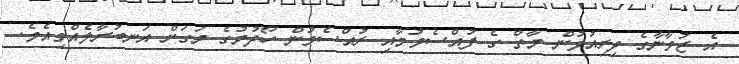
އެ ޒުވާނާގެ ދިރިއުޅުން މާތް ގެ ފުއްސެވުމާއި ރުއްސެވުން ހޯދުމުގެ މަގަށް އަނބުރާލެއްވިއެވެ.